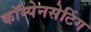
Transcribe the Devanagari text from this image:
कॉम्पेनसेटिंग